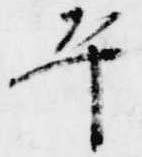
平